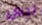
ليس